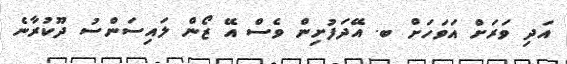
އަދި ވަރަށް އަވަހަށް ބ. އޭދަފުށިން ވެސް އޭ ޒޯން ލައިސަންސު ދޫކުރާނެ